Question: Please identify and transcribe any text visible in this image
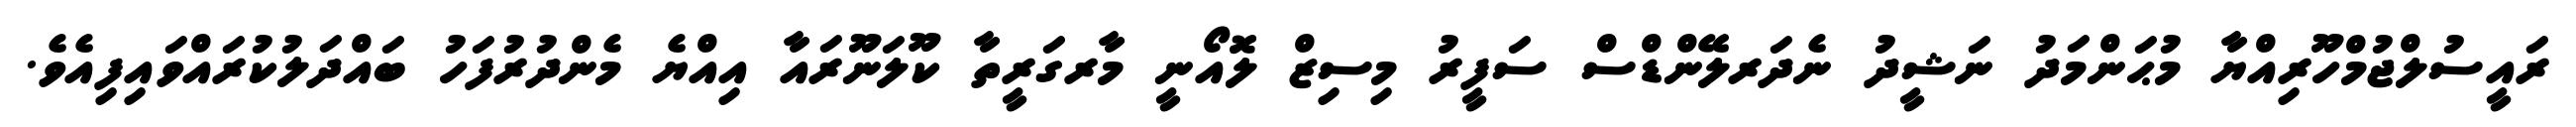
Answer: ރައީސުލްޖުމްހޫރިއްޔާ މުޙަންމަދު ނަޝީދު ނެދަރލޭންޑްސް ސަފީރު މިސިޒް ލޮއޯނީ މާރގަރީތާ ކޫލަނޫރައާ އިއްޔެ މެންދުރުފަހު ބައްދަލުކުރައްވައިފިއެވެ.